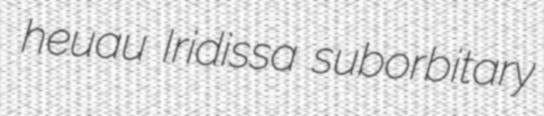
heuau Iridissa suborbitary